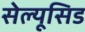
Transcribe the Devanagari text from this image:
सेल्यूसिड